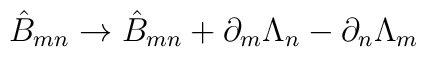
\hat{B}_{mn}\rightarrow \hat{B}_{mn}+\partial _{m}\Lambda _{n}-\partial_{n}\Lambda _{m}